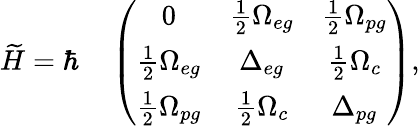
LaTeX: \widetilde{H}=\hbar\quad\left(\begin{array}{ccc}{0}&{\frac{1}{2}\Omega_{eg}}&{\frac{1}{2}\Omega_{pg}}\\ {\frac{1}{2}\Omega_{eg}}&{\Delta_{eg}}&{\frac{1}{2}\Omega_{c}}\\ {\frac{1}{2}\Omega_{pg}}&{\frac{1}{2}\Omega_{c}}&{\Delta_{pg}}\end{array}\right),